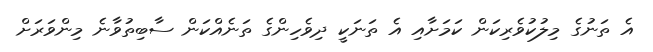
އެ ތަނުގެ މިލުކުވެރިކަން ކަމަށާއި އެ ތަނަކީ ދިވެހިންގެ ތަނެއްކަން ސާބިތުވާނެ މިންވަރަށް